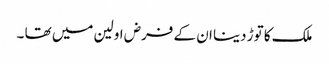
ملک کا توڑ دینا ان کے فرض اولین میں تھا ۔